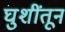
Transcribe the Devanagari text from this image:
घुशींतून